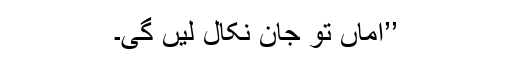
’’اماں تو جان نکال لیں گی۔